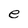
Character: e